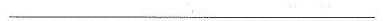
___